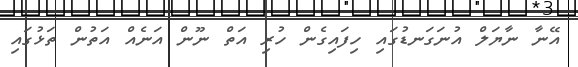
އޭނާ ނާޔަލް އުނަގަނޑުގައި ހިފައިގެން ހުރި އަތް ނޫން އަނެއް އަތުން ތަޅުގައި